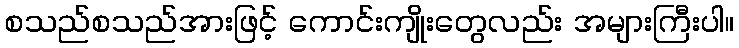
စသည်စသည်အားဖြင့် ကောင်းကျိုးတွေလည်း အများကြီးပါ။